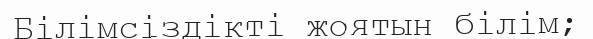
Білімсіздікті жоятын білім;